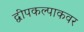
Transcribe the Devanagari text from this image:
द्वीपकल्पाकवर